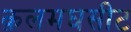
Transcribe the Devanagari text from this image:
क़लमघसीट